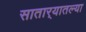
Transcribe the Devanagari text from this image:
सातार्‍यातल्या